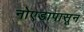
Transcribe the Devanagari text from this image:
नोएडापासून